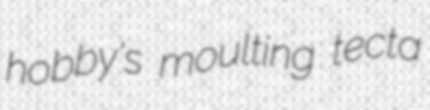
hobby's moulting tecta